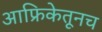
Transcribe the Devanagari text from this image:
आफ्रिकेतूनच